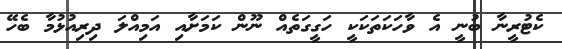
ކެޓުރީނާ ބުނީ އެެ ވާހަކަތަކަކީ ހަގީގަތެއް ނޫން ކަމަށާއި އަމިއްލަ ދިރިއުޅުމާ ބެހޭ